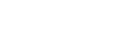
ကုသိုလ်အကျိုး